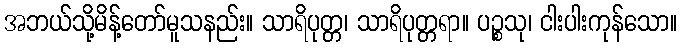
အဘယ်သို့မိန့်တော်မူသနည်း။ သာရိပုတ္တ၊ သာရိပုတ္တရာ။ ပဉ္စသု၊ ငါးပါးကုန်သော။